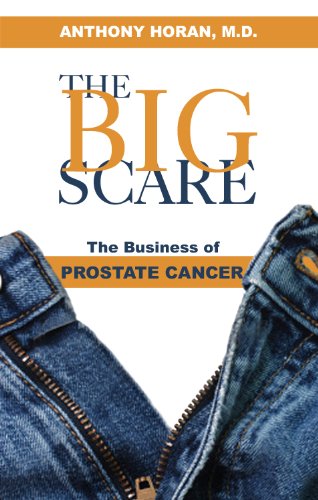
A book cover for The Big Scare: The Business of Prostate Cancer; Dr Anthony Horan; Health, Fitness & Dieting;